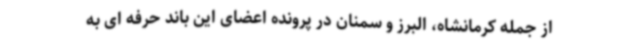
از جمله کرمانشاه، البرز و سمنان در پرونده اعضای این باند حرفه ای به